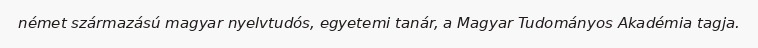
német származású magyar nyelvtudós, egyetemi tanár, a Magyar Tudományos Akadémia tagja.